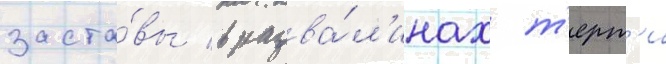
заста́вы в разва́л'инах т'ерт'и